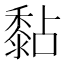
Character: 黏